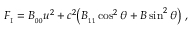
{ \cal F } _ { _ \mathrm { I } } = B _ { _ { 0 0 } } u ^ { 2 } + c ^ { 2 } \big ( B _ { _ { 1 1 } } \cos ^ { 2 } \theta + B \sin ^ { 2 } \theta \big ) \ ,